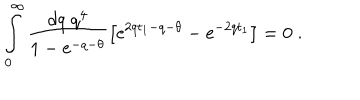
\int _ { 0 } ^ { \infty } \frac { d q \; q ^ { 4 } } { 1 - \mathrm { e } ^ { - q - \theta } } \left[ \mathrm { e } ^ { 2 q t _ { 1 } - q - \theta } - \mathrm { e } ^ { - 2 q t _ { 1 } } \right] = 0 \; .